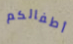
أطفالكم